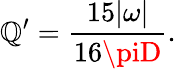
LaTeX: \mathbb{Q}^{\prime}=\frac{{15|\omega|}}{{16\piD}}.